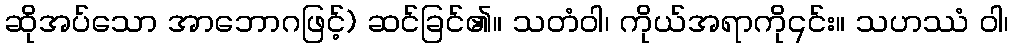
ဆိုအပ်သော အာဘောဂဖြင့်) ဆင်ခြင်၏။ သတံဝါ၊ ကိုယ်အရာကို၎င်း။ သဟဿံ ဝါ၊